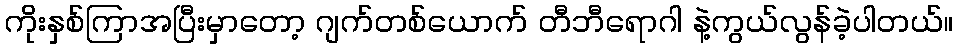
ကိုးနှစ်ကြာအပြီးမှာတော့ ဂျက်တစ်ယောက် တီဘီရောဂါ နဲ့ကွယ်လွန်ခဲ့ပါတယ်။